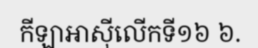
កីឡាអាស៊ីលើកទី១៦ ៦.